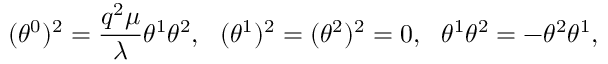
( \theta ^ { 0 } ) ^ { 2 } = \frac { q ^ { 2 } \mu } { \lambda } \theta ^ { 1 } \theta ^ { 2 } , ~ ~ ( \theta ^ { 1 } ) ^ { 2 } = ( \theta ^ { 2 } ) ^ { 2 } = 0 , ~ ~ \theta ^ { 1 } \theta ^ { 2 } = - \theta ^ { 2 } \theta ^ { 1 } ,